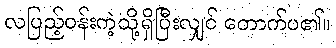
လပြည့်ဝန်းကဲ့သို့ရှိပြီးလျှင် တောက်ပ၏။